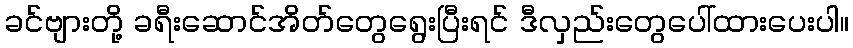
ခင်ဗျားတို့ ခရီးဆောင်အိတ်တွေရွေးပြီးရင် ဒီလှည်းတွေပေါ်ထားပေးပါ။